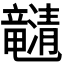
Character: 𤄯